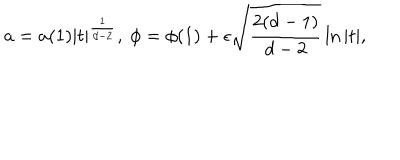
LaTeX: a = a ( 1 ) \vert t \vert ^ { \frac { 1 } { d - 2 } } , \ \phi = \phi ( 1 ) + \epsilon \sqrt { \frac { 2 ( d - 1 ) } { d - 2 } } \ln \vert t \vert ,